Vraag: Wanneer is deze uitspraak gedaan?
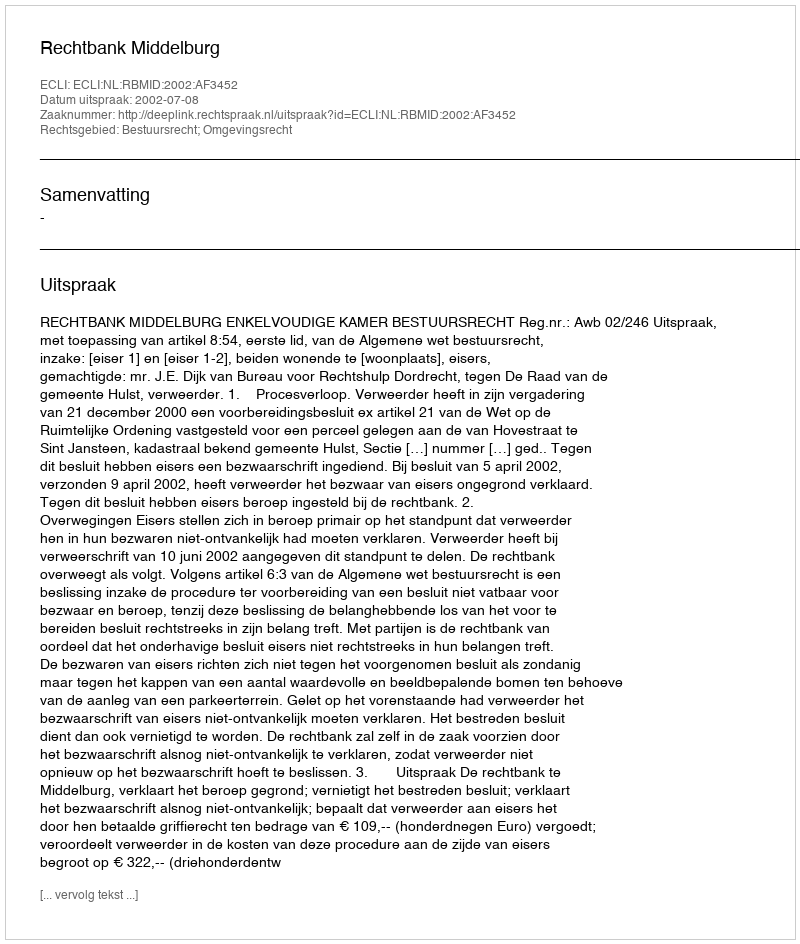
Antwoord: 2002-07-08